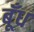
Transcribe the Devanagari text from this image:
बूँध